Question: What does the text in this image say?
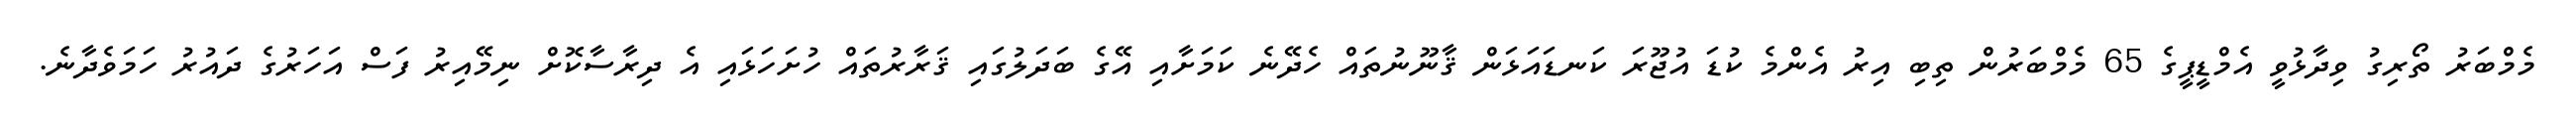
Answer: މެމްބަރު ތޯރިގު ވިދާޅުވީ އެމްޑީޕީގެ 65 މެމްބަރުން ތިބި އިރު އެންމެ ކުޑަ އުޖޫރަ ކަނޑައަޅަން ޤާނޫނުތައް ހެދޭނެ ކަމަށާއި އޭގެ ބަދަލުގައި ޤަރާރުތައް ހުށަހަޅައި އެ ދިރާސާކޮށް ނިމޭއިރު ފަސް އަހަރުގެ ދައުރު ހަމަވެދާނެ.